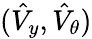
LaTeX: (\hat{V}_{y},\hat{V}_{\theta})